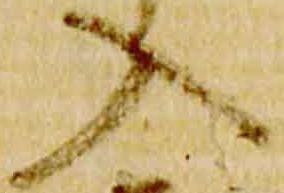
入